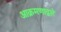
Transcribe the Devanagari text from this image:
आक्रमणाद्वारे